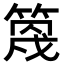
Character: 𥯣